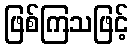
ဖြစ်ကြသဖြင့်